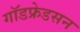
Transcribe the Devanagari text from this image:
गॉडफ्रेडसन